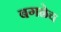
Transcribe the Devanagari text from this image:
बगळेच